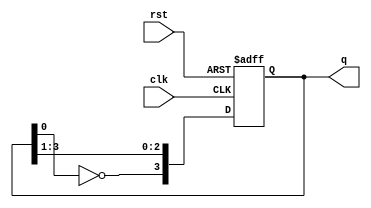
module johnson_counter (
    input wire clk,          // Clock input
    input wire rst,          // Asynchronous reset
    output reg [3:0] q       // 4-bit output
);

    always @(posedge clk or posedge rst) begin
        if (rst) begin
            q <= 4'b0000;    // Initialize counter to 0000 on reset
        end else begin
            // Johnson counter operation
            q[3] <= ~q[0];    // Invert the last flip-flop output and feed it to the first
            q[2] <= q[3];     // Shift q[3] to q[2]
            q[1] <= q[2];     // Shift q[2] to q[1]
            q[0] <= q[1];     // Shift q[1] to q[0]
        end
    end

endmodule